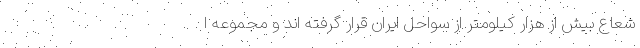
شعاع بیش از هزار کیلومتر از سواحل ایران قرار گرفته اند و مجموعه ا